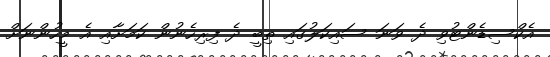
އެކްސިޑެންޓުވި ދެ ވަނަ ސައިކަލުގައި ތިބީ ދެ ފިރިހެނުން ކަމަށާއި އެ މީހުންނަށް